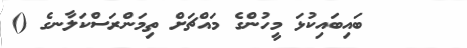
٩٠     ބައިބައިކުޅަ މީހުންގެ މައްޗަށް ތިމަންރަސްކަލާނގެ ()